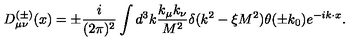
D _ { \mu \nu } ^ { ( \pm ) } ( x ) = \pm \frac { i } { ( 2 \pi ) ^ { 2 } } \int d ^ { 3 } k \frac { k _ { \mu } k _ { \nu } } { M ^ { 2 } } \delta ( k ^ { 2 } - \xi M ^ { 2 } ) \theta ( \pm k _ { 0 } ) e ^ { - i k \cdot x } .